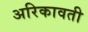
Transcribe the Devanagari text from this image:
अरिकावती